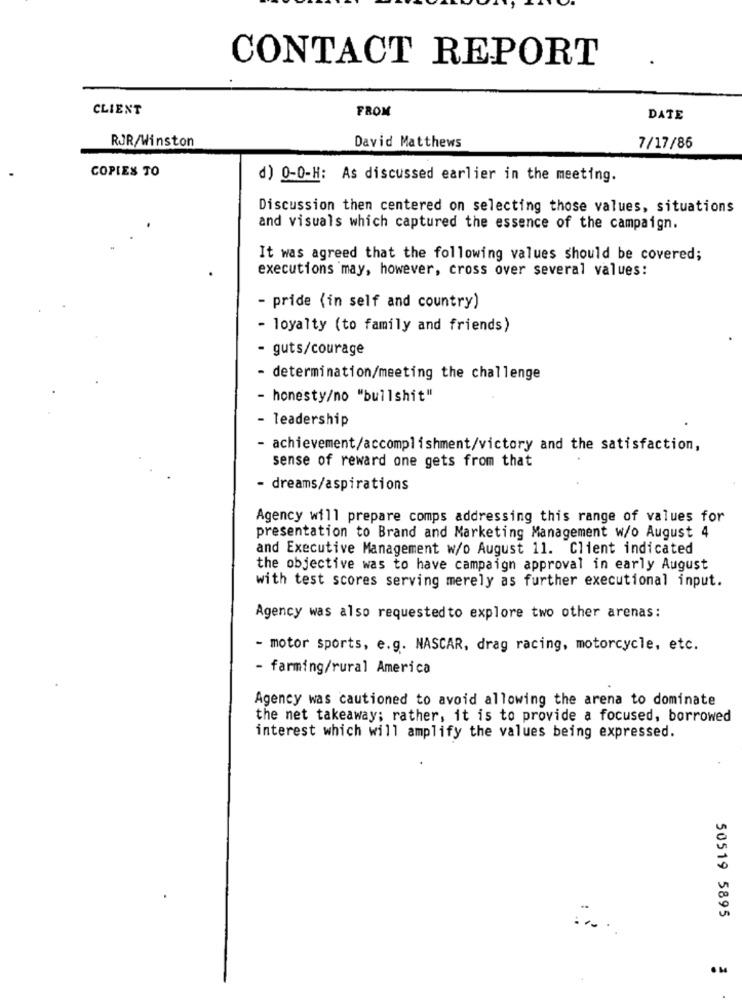
CONTACT REPORT
CLIENT
FROM
DATE
RJR/Winston
David Matthews
7/17/86
COPIES TO
d) 0-0-H: As discussed earlier in the meeting.
Discussion then centered on selecting those values, situations
and visuals which captured the essence of the campaign.
It was agreed that the following values should be covered;
executions may, however, cross over several values:
- pride (in self and country)
- loyalty (to family and friends)
- guts/courage
- determination/meeting the challenge
- honesty/no "bullshit"
- leadership
- achievement/accomplishment/victory and the satisfaction,
sense of reward one gets from that
dreams/aspirations
Agency will prepare comps addressing this range of values for
presentation to Brand and Marketing Management w/o August 4
and Executive Management w/o August 11. Client indicated
the objective was to have campaign approval in early August
with test scores serving merely as further executional input.
Agency was also requestedto explore two other arenas:
- motor sports, e.g. NASCAR, drag racing, motorcycle, etc.
- farming/rural America
Agency was cautioned to avoid allowing the arena to dominate
the net takeaway; rather, it is to provide a focused, borrowed
interest which will amplify the values being expressed.
50519 5895
.